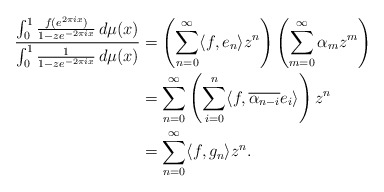
\begin{align*}\frac{\int_{0}^{1}\frac{f(e^{2\pi ix})}{1-ze^{-2\pi ix}}\,d\mu(x)}{\int_{0}^{1}\frac{1}{1-ze^{-2\pi ix}}\,d\mu(x)}&=\left(\sum_{n=0}^{\infty}\langle f,e_n\rangle z^n\right)\left(\sum_{m=0}^{\infty}\alpha_mz^m\right)\\&=\sum_{n=0}^{\infty}\left(\sum_{i=0}^{n}\langle f,\overline{\alpha_{n-i}}e_i\rangle\right)z^n\\&=\sum_{n=0}^{\infty}\langle f,g_n\rangle z^n.\end{align*}